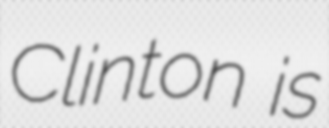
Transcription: Clinton is